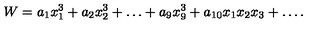
W = a _ { 1 } x _ { 1 } ^ { 3 } + a _ { 2 } x _ { 2 } ^ { 3 } + \ldots + a _ { 9 } x _ { 9 } ^ { 3 } + a _ { 1 0 } x _ { 1 } x _ { 2 } x _ { 3 } + \ldots .